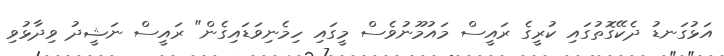
އަޅުގަނޑު ދެކޭގޮތުގައި ކުރީގެ ރައީސް މައުމޫނުވެސް މީގައި ހިމެނިވަޑައިގެން" ރައީސް ނަޝީދު ވިދާޅުވި